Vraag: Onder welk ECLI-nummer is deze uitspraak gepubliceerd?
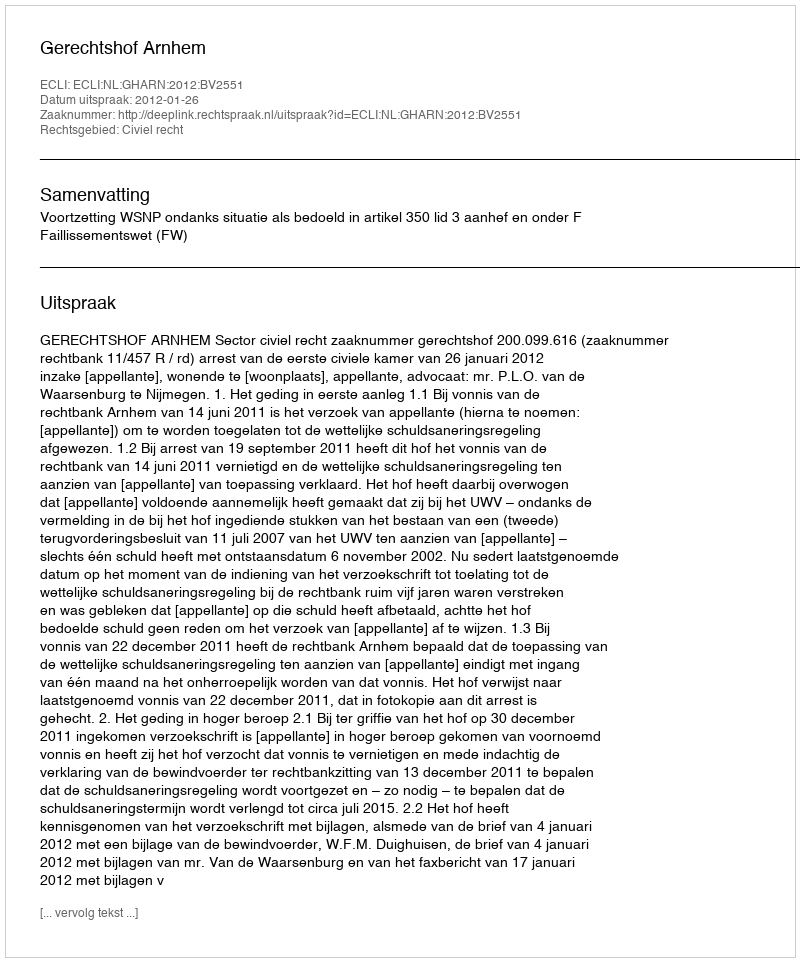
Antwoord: ECLI:NL:GHARN:2012:BV2551